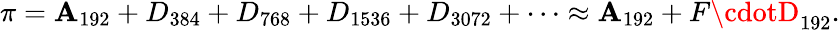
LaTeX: {}\pi=\mathbf{A}_{192}+D_{384}+D_{768}+D_{1536}+D_{3072}+\cdots\approx\mathbf{A}_{192}+F\cdotD_{192}.